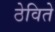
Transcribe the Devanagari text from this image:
ठेविते